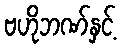
ဗဟိုဘဏ်နှင့်